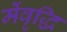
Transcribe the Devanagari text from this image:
मेंवृद्धि